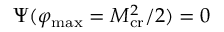
\Psi ( \varphi _ { \mathrm { m a x } } = M _ { \mathrm { c r } } ^ { 2 } / 2 ) = 0